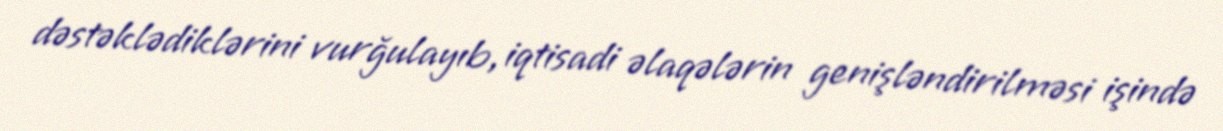
dəstəklədiklərini vurğulayıb, iqtisadi əlaqələrin genişləndirilməsi işində